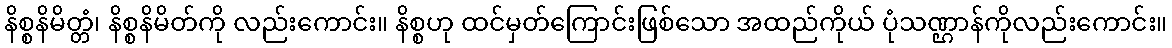
နိစ္စနိမိတ္တံ၊ နိစ္စနိမိတ်ကို လည်းကောင်း။ နိစ္စဟု ထင်မှတ်ကြောင်းဖြစ်သော အထည်ကိုယ် ပုံသဏ္ဌာန်ကိုလည်းကောင်း။